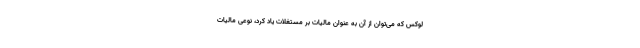
لوکس که می‌توان از آن به عنوان مالیات بر مستغلات یاد کرد، نوعی مالیات